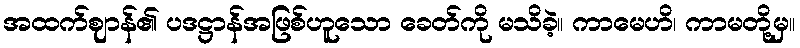
အထက်ဈာန်၏ ပဒဋ္ဌာန်အဖြစ်ဟူသော ခေတ်ကို မသိခဲ့။ ကာမေဟိ၊ ကာမတို့မှ။